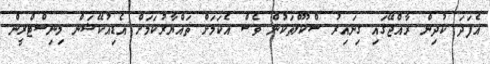
އެފަދަ ކުދިން ރާއްޖޭގައި ގިނައިރު ސްކޫލްތަކުން ވެސް އެކަމަށް ތައްޔާރުކަމަށް އެޑިއުކޭޝަން މިނިސްޓްރީން